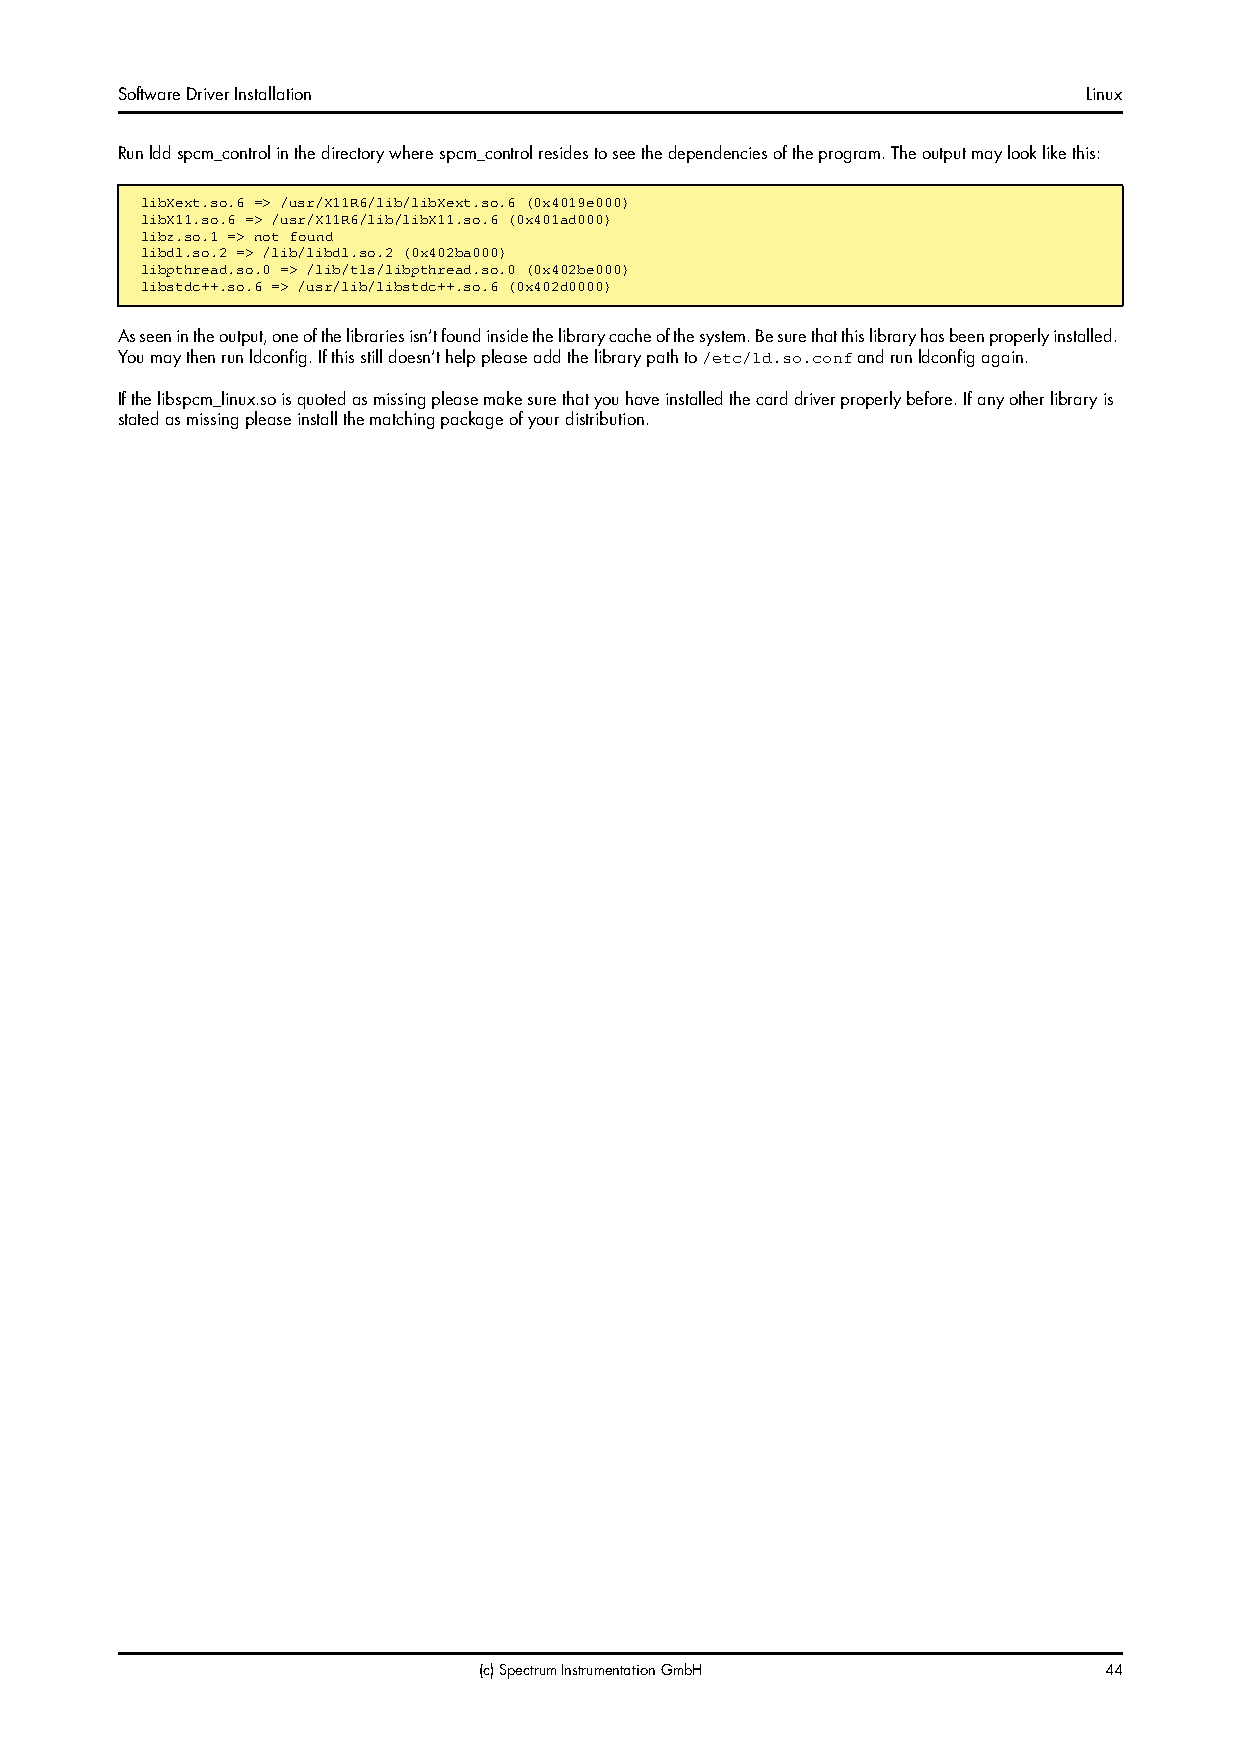
Software Driver Installation                                    Linux
 Run ldd spcm_control in the directory where spcm_control resides to see the dependencies of the program. The output may look like this:
 libXext.so.6 => /usr/X11R6/lib/libXext.so.6 (0x4019e000)
 libX11.so.6 => /usr/X11R6/lib/libX11.so.6 (0x401ad000)
 libz.so.1 => not found
 libdl.so.2 => /lib/libdl.so.2 (0x402ba000)
 libpthread.so.0 => /lib/tls/libpthread.so.0 (0x402be000)
 libstdc++.so.6 => /usr/lib/libstdc++.so.6 (0x402d0000)
 As seen in the output, one of the libraries isn’t found inside the library cache of the system. Be sure that this library has been properly installed.
 You may then run ldconfig. If this still doesn’t help please add the library path to and run ldconfig again.
 /etc/ld.so.conf
 If the libspcm_linux.so is quoted as missing please make sure that you have installed the card driver properly before. If any other library is
 stated as missing please install the matching package of your distribution.
 (c) Spectrum Instrumentation GmbH        44